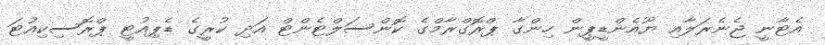
އެޓާނީ ޖެނެރަލާއި ޔޫއެންޑީޕީން ހިންގާ ޕްރޮގްރާމްގެ ކޮންސަލްޓެންޓް އަދި ކުރީގެ ޑެޕިއުޓީ ޕްރޮސިކިއުޓަ